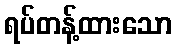
ရပ်တန့်ထားသော